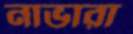
নাভারা